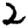
Digit: 2